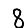
Digit: 8